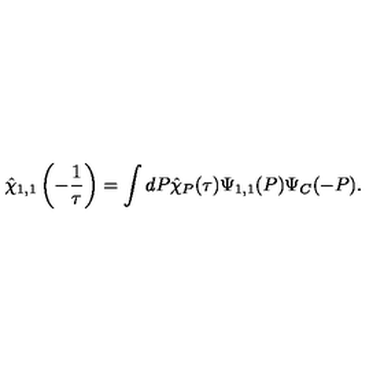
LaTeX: \hat { \chi } _ { 1 , 1 } \left( - \frac { 1 } { \tau } \right) = \int d P \hat { \chi } _ { P } ( \tau ) \Psi _ { 1 , 1 } ( P ) \Psi _ { C } ( - P ) .